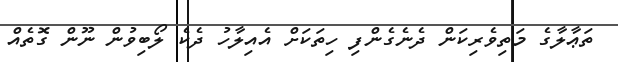
ތަޢާލާގެ މަތިވެރިކަން ދެނެގެންފި ހިތަކަށް އެއިލާހު ދެކެ ލޯބިވުން ނޫން ގޮތެއް